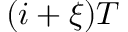
( i + \xi ) T